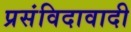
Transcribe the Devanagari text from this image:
प्रसंविदावादी